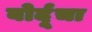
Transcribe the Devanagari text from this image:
बोर्दूचा